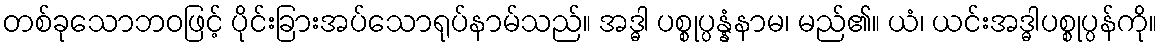
တစ်ခုသောဘဝဖြင့် ပိုင်းခြားအပ်သောရုပ်နာမ်သည်။ အဒ္ဓါ ပစ္စုပ္ပန္နံနာမ၊ မည်၏။ ယံ၊ ယင်းအဒ္ဓါပစ္စုပ္ပန်ကို။